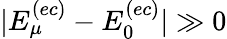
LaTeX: \vert E_{\mu}^{(ec)}-E_{0}^{(ec)}\vert\gg 0